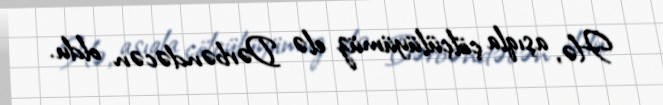
Hə, aşıqla çölçülüyümüz elə Dərbəndəcən oldu.